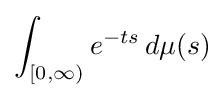
\int _{[0,\infty )}e^{-ts}\,d\mu (s)